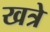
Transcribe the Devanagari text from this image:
खत्रे